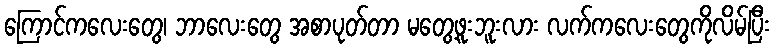
ကြောင်ကလေးတွေ၊ ဘာလေးတွေ အစာပုတ်တာ မတွေ့ဖူးဘူးလား လက်ကလေးတွေကိုလိမ်ပြီး